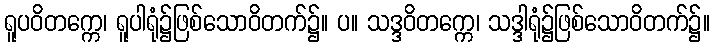
ရူပဝိတက္ကေ၊ ရူပါရုံ၌ဖြစ်သောဝိတက်၌။ ပ။ သဒ္ဒဝိတက္ကေ၊ သဒ္ဒါရုံ၌ဖြစ်သောဝိတက်၌။